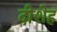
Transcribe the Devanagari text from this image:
दीशेह